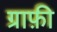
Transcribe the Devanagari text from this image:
ग्राफ़ी